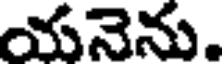
యనెను.